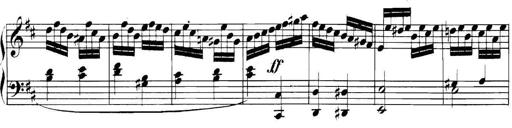
Title: Collected Piano Sonatas
Composer: Muzio Clementi